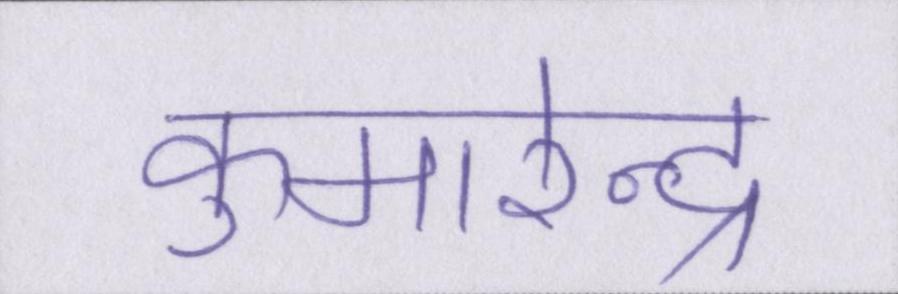
कुमारेन्द्र